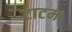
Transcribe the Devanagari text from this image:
टाटम